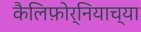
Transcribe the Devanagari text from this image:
कैलिफ़ोर्नियाच्या